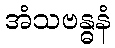
အံသဗန္ဓနံ